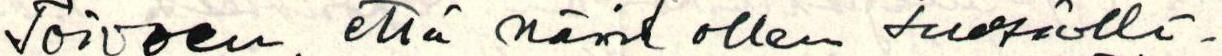
Toivoen, että näin ollen suosiolli-